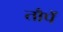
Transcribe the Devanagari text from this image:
तौपें